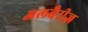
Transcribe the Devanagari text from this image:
अलबैरीज़